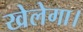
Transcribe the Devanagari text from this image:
खेलेगा।